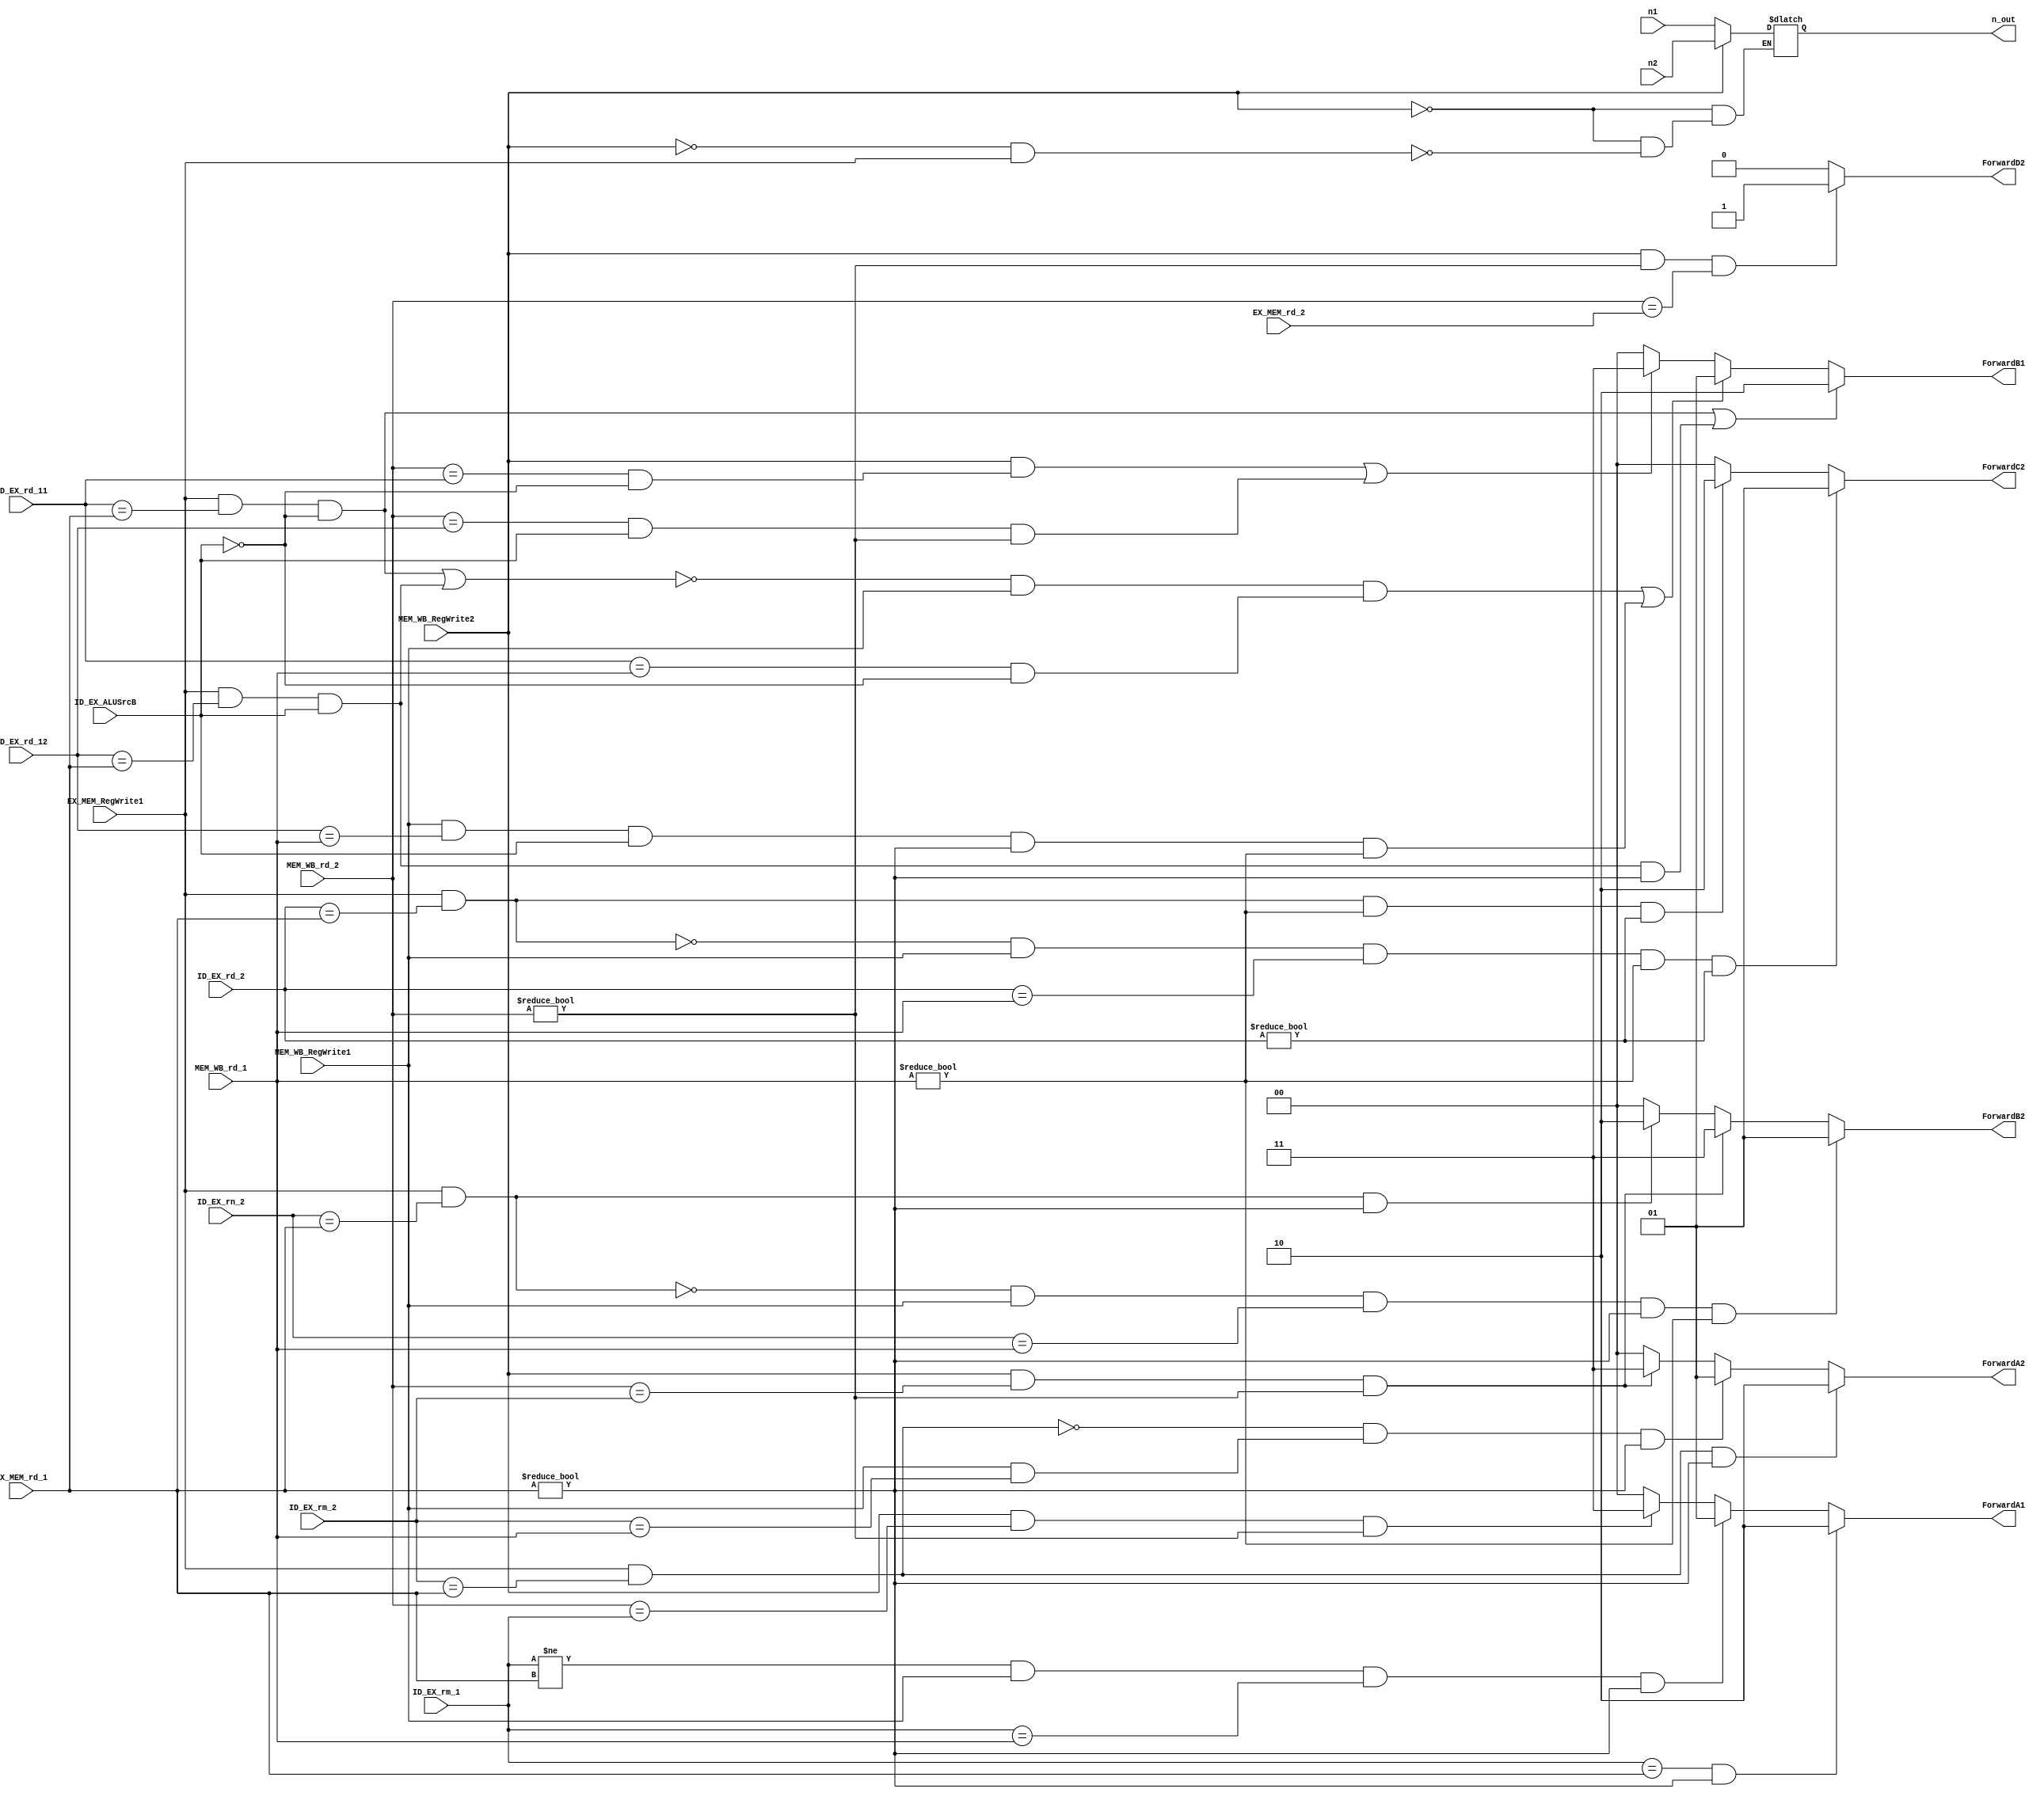
module ForwardingUnit(input [2:0] ID_EX_rm_1,
					 input [2:0] EX_MEM_rd_1, 
					 input MEM_WB_RegWrite1,
					 input [2:0] MEM_WB_rd_1,
					 input [2:0] ID_EX_rd_11,
					 input ID_EX_ALUSrcB,
					 input [2:0] ID_EX_rd_12,
					 input EX_MEM_RegWrite1,
					 input [2:0] ID_EX_rm_2,
					 input [2:0] ID_EX_rd_2,
					 input [2:0] ID_EX_rn_2,
					 input MEM_WB_RegWrite2,
					 input [2:0] MEM_WB_rd_2,
					 input [2:0] EX_MEM_rd_2,
					 input n1,
					 input n2,
					 output reg n_out,
					 output reg [1:0] ForwardA1,
					 output reg [1:0] ForwardA2,
					 output reg [1:0] ForwardB1,
					 output reg [1:0] ForwardB2,
					 output reg [1:0] ForwardC2,
					 output reg ForwardD2);



	always @(ID_EX_rm_1 or
			EX_MEM_rd_1 or
			MEM_WB_RegWrite1 or
			MEM_WB_rd_1 or
			ID_EX_rd_11 or
			ID_EX_ALUSrcB or
			n1 or
			n2 or
			ID_EX_rd_12 or
			EX_MEM_RegWrite1 or
			ID_EX_rm_2 or
			ID_EX_rd_2 or
			ID_EX_rn_2 or
			MEM_WB_RegWrite2 or
			MEM_WB_rd_2 or
			EX_MEM_rd_2)
	begin
		// Start forwarding
		// Forward A1

		if ( (ID_EX_rm_1 == EX_MEM_rd_1) && (EX_MEM_rd_1 != 1'b0) )
			ForwardA1 = 2'b10;
		else if ( (ID_EX_rm_1 != EX_MEM_rd_1) && MEM_WB_RegWrite1 && (ID_EX_rm_1 == MEM_WB_rd_1) && (EX_MEM_rd_1 != 1'b0) )
			ForwardA1 = 2'b01;
		else if ( MEM_WB_RegWrite2 == 1'b1 && (MEM_WB_rd_2 == ID_EX_rm_1) && MEM_WB_rd_2 != 1'b0)
			ForwardA1 = 2'b11;
		else
			ForwardA1 = 2'b00;
		//Forward A2
		if ( EX_MEM_RegWrite1 && (ID_EX_rm_2 == EX_MEM_rd_1) && (EX_MEM_rd_1 != 1'b0) )
			ForwardA2 = 2'b10;
		else if ( !(EX_MEM_RegWrite1 && (ID_EX_rm_2 == EX_MEM_rd_1)) && (MEM_WB_RegWrite1 && (ID_EX_rm_2 == MEM_WB_rd_1)) && (EX_MEM_rd_1 != 1'b0) )
			ForwardA2 = 2'b01;
		else if ( (MEM_WB_RegWrite2 == 1'b1) && (MEM_WB_rd_2 == ID_EX_rm_2) && MEM_WB_rd_2 != 1'b0)
			ForwardA2 = 2'b11;
		else
			ForwardA2 = 2'b00;

		// Forward B1
		if ( (EX_MEM_RegWrite1 && (ID_EX_rd_11 == EX_MEM_rd_1) && (ID_EX_ALUSrcB == 1'b0)) || ( EX_MEM_RegWrite1 && (ID_EX_rd_12 == EX_MEM_rd_1) && (ID_EX_ALUSrcB == 1'b1)) && (EX_MEM_rd_1 != 1'b0) ) 	// ?
			ForwardB1 = 2'b10;
		else if ( !((EX_MEM_RegWrite1 && (ID_EX_rd_11 == EX_MEM_rd_1) && (ID_EX_ALUSrcB == 1'b0)) || ( EX_MEM_RegWrite1 && (ID_EX_rd_12 == EX_MEM_rd_1) && (ID_EX_ALUSrcB == 1'b1))) && MEM_WB_RegWrite1 && ((ID_EX_rd_11 == MEM_WB_rd_1) && (ID_EX_ALUSrcB == 1'b0)) || (MEM_WB_RegWrite1 && (ID_EX_rd_12 == MEM_WB_rd_1) && (ID_EX_ALUSrcB == 1'b1)) && (EX_MEM_rd_1 != 1'b0) && MEM_WB_rd_1 != 1'b0)
			ForwardB1 = 2'b01;
		else if ( (MEM_WB_RegWrite2 == 1'b1) && (((MEM_WB_rd_2 == ID_EX_rd_11) && (ID_EX_ALUSrcB == 1'b0))) || ((MEM_WB_rd_2 == ID_EX_rd_12) && (ID_EX_ALUSrcB == 1'b1)) && (MEM_WB_rd_2 != 1'b0))
			ForwardB1 = 2'b11;
	  else
			ForwardB1 = 2'b00;
			// Forward B2
	  if ( !(EX_MEM_RegWrite1 && (ID_EX_rn_2 == EX_MEM_rd_1)) && MEM_WB_RegWrite1 && (ID_EX_rn_2 == MEM_WB_rd_1) && (EX_MEM_rd_1 != 1'b0) && (MEM_WB_rd_1 != 1'b0))
			ForwardB2 = 2'b01;
		else if ( (MEM_WB_RegWrite2 == 1'b1) && (MEM_WB_rd_2 == ID_EX_rm_2) && (MEM_WB_rd_2 != 1'b0))
			ForwardB2 = 2'b11;
		else if ( EX_MEM_RegWrite1 && (ID_EX_rn_2 == EX_MEM_rd_1) && (EX_MEM_rd_1 != 1'b0))
			ForwardB2 = 2'b10;
		else
			ForwardB2 = 2'b00;

		// Forward C
		if ( !(EX_MEM_RegWrite1 && (ID_EX_rd_2 == EX_MEM_rd_1)) && MEM_WB_RegWrite1 && (ID_EX_rd_2 == MEM_WB_rd_1) && (MEM_WB_rd_1 != 1'b0) && (ID_EX_rd_2 != 1'b0) )
			ForwardC2 = 2'b01;
		else if ( EX_MEM_RegWrite1 && (ID_EX_rd_2 == EX_MEM_rd_1) && (MEM_WB_rd_1 != 1'b0) && (ID_EX_rd_2 != 1'b0) )
			ForwardC2 = 2'b10;
		else
		begin
			ForwardC2 = 2'b00;
		end

		// Forward D
		if ( (MEM_WB_RegWrite2 == 1'b1) && (MEM_WB_rd_2 != 1'b0) && (MEM_WB_rd_2 == EX_MEM_rd_2) )
			ForwardD2 = 1'b1;
		else
		begin
			ForwardD2 = 1'b0;
		end


		// Forward flag
		if ( MEM_WB_RegWrite2 == 1'b1 )
			n_out = n2;
		else if ( !(MEM_WB_RegWrite2 == 1'b1) &&  (EX_MEM_RegWrite1 == 1'b1) )
			n_out = n1;

		// End forwarding

	end
endmodule